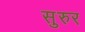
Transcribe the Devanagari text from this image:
सुरुर